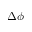
\Delta \phi